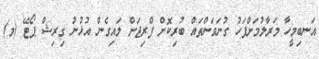
އަނބިމީހާ މަރާލުމަށްފަހު ގުނަވަންތައް ބުރިކޮށް ފްރިޖަށް ލައިގެން އުޅުނު ގިރިޝް ޕޯޓޭ (މ)